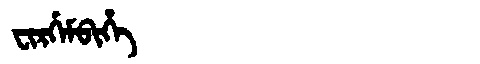
Manchu: ᠸᡳᡵᡤᡝᠮᠪᡳᡥᡝ
Romanization: FIRGEMBIHE